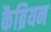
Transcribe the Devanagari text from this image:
कैब्रियन